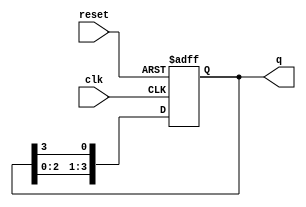
module ring_counter #(
    parameter N = 4  // Number of flip-flops (can be adjusted)
)(
    input wire clk,     // Clock signal
    input wire reset,   // Asynchronous reset signal
    output reg [N-1:0] q // Output state of the counter
);

// Always block triggered on clock or reset
always @(posedge clk or posedge reset) begin
    if (reset) begin
        // Asynchronous reset: set the first flip-flop to '1' and others to '0'
        q <= 1'b1; // Initialize the counter
    end else begin
        // Shift the '1' through the ring counter
        q <= {q[N-2:0], q[N-1]}; // Shift left and wrap around
    end
end

endmodule